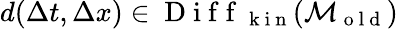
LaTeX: d(\Delta t,\Delta x)\in\mathrm{~D~i~f~f~}_{\mathrm{~k~i~n~}}(\mathcal{M}_{\mathrm{~o~l~d~}})